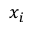
x _ { i }